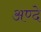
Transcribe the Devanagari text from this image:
अण्दे